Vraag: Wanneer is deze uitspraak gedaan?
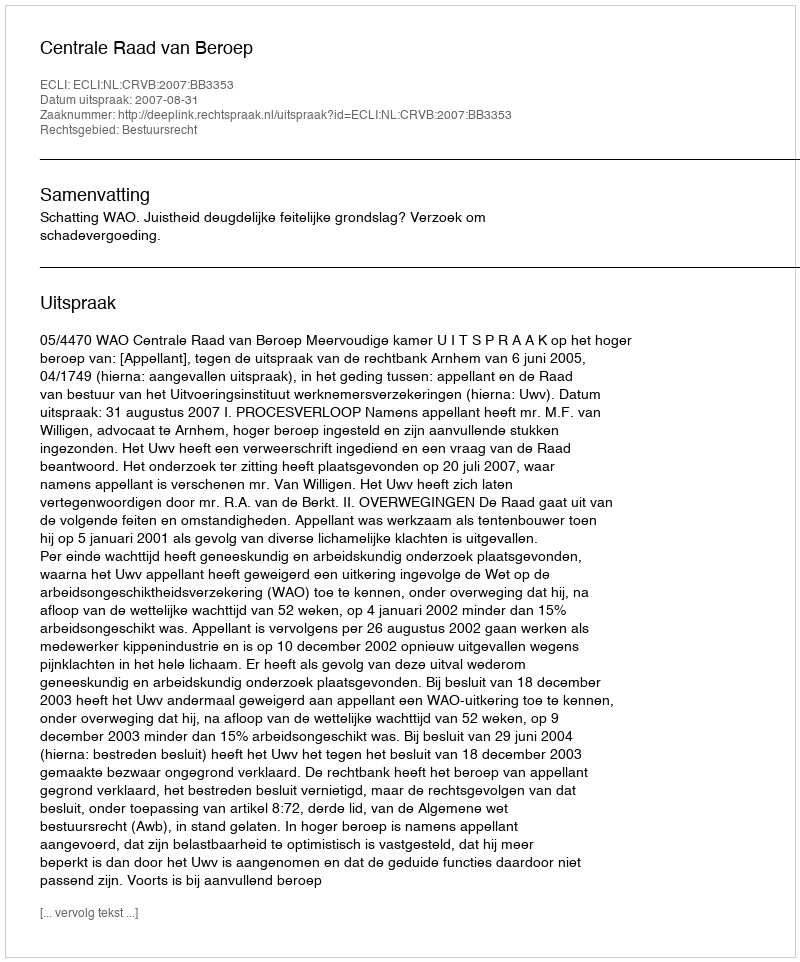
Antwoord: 2007-08-31